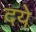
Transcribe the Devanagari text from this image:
दये